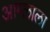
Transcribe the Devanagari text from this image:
आम्लाला